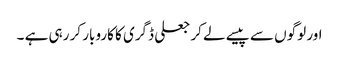
اور لوگوں سے پیسے لے کر جعلی ڈگری کا کاروبار کر رہی ہے ۔